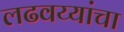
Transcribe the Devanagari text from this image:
लढवय्यांचा